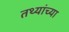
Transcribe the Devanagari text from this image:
तथ्‍यांच्‍या